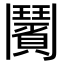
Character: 𩰗